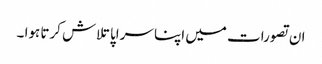
ان تصورات میں اپنا سراپا تلاش کرتا ہوا ۔